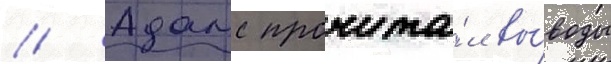
// Адамс прочита́л вы́воды